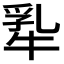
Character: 𬌢